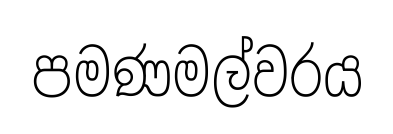
පමණමල්වරය